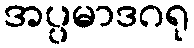
အပ္ပမာဒဂရု